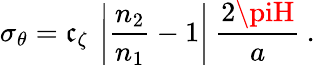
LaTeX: \sigma_{\theta}=\mathfrak{c}_{\zeta}\: \left|\frac{{n_{2}}}{{n_{1}}}-1\right|\: \frac{{2\piH}}{{a}}\: .